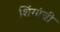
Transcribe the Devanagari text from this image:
शिंगांची